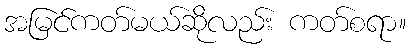
အမြင်ကတ်မယ်ဆိုလည်း ကတ်စရာ။